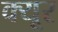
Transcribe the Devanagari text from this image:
क्यूर